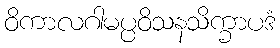
ဝိကာလဂါမပ္ပဝိသနသိက္ခာပဒံ